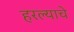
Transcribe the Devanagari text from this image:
हरल्याचे